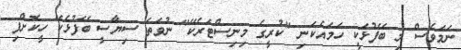
ނަމަވެސް މި ބޭފުޅަކީ ހަމައެކަނި "ކުރީގެ މިނިސްޓަރެކޭ" ނުވަތަ ސިޔާސީ ބޭފުޅެކޭ ހީކޮށްފި